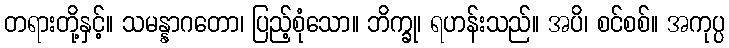
တရားတို့နှင့်။ သမန္နာဂတော၊ ပြည့်စုံသော။ ဘိက္ခု၊ ရဟန်းသည်။ အပိ၊ စင်စစ်။ အကုပ္ပ